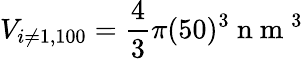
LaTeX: V_{i\neq 1,100}=\frac{4}{3}\pi(50)^{3}\mathrm{~n~m~}^{3}